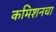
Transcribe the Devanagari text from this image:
कमिशनचा